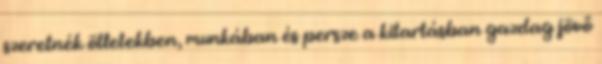
szeretnék ötletekben, munkában és persze a kitartásban gazdag jövő